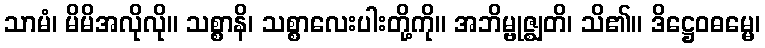
သာမံ၊ မိမိအလိုလို။ သစ္စာနိ၊ သစ္စာလေးပါးတို့ကို။ အဘိမ္ဗုဇ္ဈတိ၊ သိ၏။ ဒိဋ္ဌေဝဓမ္မေ၊